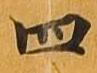
四